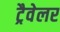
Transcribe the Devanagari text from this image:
ट्रैवेलर